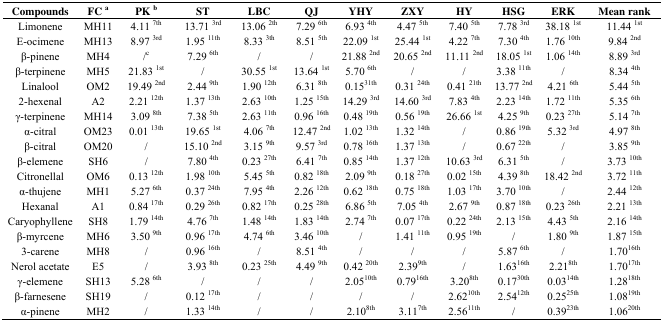
<table><thead><tr><td><b>Compounds</b></td><td><b>FC a</b></td><td><b>PK b</b></td><td><b>ST</b></td><td><b>LBC</b></td><td><b>QJ</b></td><td><b>YHY</b></td><td><b>ZXY</b></td><td><b>HY</b></td><td><b>HSG</b></td><td><b>ERK</b></td><td><b>Mean rank</b></td></tr></thead><tbody><tr><td>Limonene</td><td>MH11</td><td>4.11 <sup>7th</sup></td><td>13.71 <sup>3rd</sup></td><td>13.06 <sup>2th</sup></td><td>7.29 <sup>6th</sup></td><td>6.93 <sup>4th</sup></td><td>4.47 <sup>5th</sup></td><td>7.40 <sup>5th</sup></td><td>7.78 <sup>3rd</sup></td><td>38.18 <sup>1st</sup></td><td>11.44 <sup>1st</sup></td></tr><tr><td>E-ocimene</td><td>MH13</td><td>8.97 <sup>3rd</sup></td><td>1.95 <sup>11th</sup></td><td>8.33 <sup>3th</sup></td><td>8.51 <sup>5th</sup></td><td>22.09 <sup>1st</sup></td><td>25.44 <sup>1st</sup></td><td>4.22 <sup>7th</sup></td><td>7.30 <sup>4th</sup></td><td>1.76 <sup>10th</sup></td><td>9.84 <sup>2nd</sup></td></tr><tr><td>β-pinene</td><td>MH4</td><td>/c</td><td>7.29 <sup>6th</sup></td><td>/</td><td>/</td><td>21.88 <sup>2nd</sup></td><td>20.65 <sup>2nd</sup></td><td>11.11 <sup>2nd</sup></td><td>18.05 <sup>1st</sup></td><td>1.06 <sup>14th</sup></td><td>8.89 <sup>3rd</sup></td></tr><tr><td>β-terpinene</td><td>MH5</td><td>21.83 <sup>1st</sup></td><td>/</td><td>30.55 <sup>1st</sup></td><td>13.64 <sup>1st</sup></td><td>5.70 <sup>6th</sup></td><td>/</td><td>/</td><td>3.38 <sup>11th</sup></td><td>/</td><td>8.34 <sup>4th</sup></td></tr><tr><td>Linalool</td><td>OM2</td><td>19.49 <sup>2nd</sup></td><td>2.44 <sup>9th</sup></td><td>1.90 <sup>12th</sup></td><td>6.31 <sup>8th</sup></td><td>0.15<sup>31th</sup></td><td>0.31 <sup>24th</sup></td><td>0.41 <sup>21th</sup></td><td>13.77 <sup>2nd</sup></td><td>4.21 <sup>6th</sup></td><td>5.44 <sup>5th</sup></td></tr><tr><td>2-hexenal</td><td>A2</td><td>2.21 <sup>12th</sup></td><td>1.37 <sup>13th</sup></td><td>2.63 <sup>10th</sup></td><td>1.25 <sup>15th</sup></td><td>14.29 <sup>3rd</sup></td><td>14.60 <sup>3rd</sup></td><td>7.83 <sup>4th</sup></td><td>2.23 <sup>14th</sup></td><td>1.72 <sup>11th</sup></td><td>5.35 <sup>6th</sup></td></tr><tr><td>γ-terpinene</td><td>MH14</td><td>3.09 <sup>8th</sup></td><td>7.38 <sup>5th</sup></td><td>2.63 <sup>11th</sup></td><td>0.96 <sup>16th</sup></td><td>0.48 <sup>19th</sup></td><td>0.56 <sup>19th</sup></td><td>26.66 <sup>1st</sup></td><td>4.25 <sup>9th</sup></td><td>0.23 <sup>27th</sup></td><td>5.14 <sup>7th</sup></td></tr><tr><td>α-citral</td><td>OM23</td><td>0.01 <sup>13th</sup></td><td>19.65 <sup>1st</sup></td><td>4.06 <sup>7th</sup></td><td>12.47 <sup>2nd</sup></td><td>1.02 <sup>13th</sup></td><td>1.32 <sup>14th</sup></td><td>/</td><td>0.86 <sup>19th</sup></td><td>5.32 <sup>3rd</sup></td><td>4.97 <sup>8th</sup></td></tr><tr><td>β-citral</td><td>OM20</td><td>/</td><td>15.10 <sup>2nd</sup></td><td>3.15 <sup>9th</sup></td><td>9.57 <sup>3rd</sup></td><td>0.78 <sup>16th</sup></td><td>1.37 <sup>13th</sup></td><td>/</td><td>0.67 <sup>22th</sup></td><td>/</td><td>3.85 <sup>9th</sup></td></tr><tr><td>β-elemene</td><td>SH6</td><td>/</td><td>7.80 <sup>4th</sup></td><td>0.23 <sup>27th</sup></td><td>6.41 <sup>7th</sup></td><td>0.85 <sup>14th</sup></td><td>1.37 <sup>12th</sup></td><td>10.63 <sup>3rd</sup></td><td>6.31 <sup>5th</sup></td><td>/</td><td>3.73 <sup>10th</sup></td></tr><tr><td>Citronellal</td><td>OM6</td><td>0.13 <sup>12th</sup></td><td>1.98 <sup>10th</sup></td><td>5.45 <sup>5th</sup></td><td>0.82 <sup>18th</sup></td><td>2.09 <sup>9th</sup></td><td>0.18 <sup>27th</sup></td><td>0.02 <sup>15th</sup></td><td>4.39 <sup>8th</sup></td><td>18.42 <sup>2nd</sup></td><td>3.72 <sup>11th</sup></td></tr><tr><td>α-thujene</td><td>MH1</td><td>5.27 <sup>6th</sup></td><td>0.37 <sup>24th</sup></td><td>7.95 <sup>4th</sup></td><td>2.26 <sup>12th</sup></td><td>0.62 <sup>18th</sup></td><td>0.75 <sup>18th</sup></td><td>1.03 <sup>17th</sup></td><td>3.70 <sup>10th</sup></td><td>/</td><td>2.44 <sup>12th</sup></td></tr><tr><td>Hexanal</td><td>A1</td><td>0.84 <sup>17th</sup></td><td>0.29 <sup>26th</sup></td><td>0.82 <sup>17th</sup></td><td>0.25 <sup>28th</sup></td><td>6.86 <sup>5th</sup></td><td>7.05 <sup>4th</sup></td><td>2.67 <sup>9th</sup></td><td>0.87 <sup>18th</sup></td><td>0.23 <sup>26th</sup></td><td>2.21 <sup>13th</sup></td></tr><tr><td>Caryophyllene</td><td>SH8</td><td>1.79 <sup>14th</sup></td><td>4.76 <sup>7th</sup></td><td>1.48 <sup>14th</sup></td><td>1.83 <sup>14th</sup></td><td>2.74 <sup>7th</sup></td><td>0.07 <sup>17th</sup></td><td>0.22 <sup>24th</sup></td><td>2.13 <sup>15th</sup></td><td>4.43 <sup>5th</sup></td><td>2.16 <sup>14th</sup></td></tr><tr><td>β-myrcene</td><td>MH6</td><td>3.50 <sup>9th</sup></td><td>0.96 <sup>17th</sup></td><td>4.74 <sup>6th</sup></td><td>3.46 <sup>10th</sup></td><td>/</td><td>1.41 <sup>11th</sup></td><td>0.95 <sup>19th</sup></td><td>/</td><td>1.80 <sup>9th</sup></td><td>1.87 <sup>15th</sup></td></tr><tr><td>3-carene</td><td>MH8</td><td>/</td><td>0.96 <sup>16th</sup></td><td>/</td><td>8.51 <sup>4th</sup></td><td>/</td><td>/</td><td>/</td><td>5.87<sup>6th</sup></td><td>/</td><td>1.70<sup>16th</sup></td></tr><tr><td>Nerol acetate</td><td>E5</td><td>/</td><td>3.93 <sup>8th</sup></td><td>0.23 <sup>25th</sup></td><td>4.49 <sup>9th</sup></td><td>0.42 <sup>20th</sup></td><td>2.39<sup>9th</sup></td><td>/</td><td>1.63<sup>16th</sup></td><td>2.21<sup>8th</sup></td><td>1.70<sup>17th</sup></td></tr><tr><td>γ-elemene</td><td>SH13</td><td>5.28 <sup>6th</sup></td><td>/</td><td>/</td><td>/</td><td>2.05<sup>10th</sup></td><td>0.79<sup>16th</sup></td><td>3.20<sup>8th</sup></td><td>0.17<sup>30th</sup></td><td>0.03<sup>14th</sup></td><td>1.28<sup>18th</sup></td></tr><tr><td>β-farnesene</td><td>SH19</td><td>/</td><td>0.12 <sup>17th</sup></td><td>/</td><td>/</td><td>/</td><td>/</td><td>2.62<sup>10th</sup></td><td>2.54<sup>12th</sup></td><td>0.25<sup>25th</sup></td><td>1.08<sup>19th</sup></td></tr><tr><td>α-pinene</td><td>MH2</td><td>/</td><td>1.33 <sup>14th</sup></td><td>/</td><td>/</td><td>2.10<sup>8th</sup></td><td>3.11<sup>7th</sup></td><td>2.56<sup>11th</sup></td><td>/</td><td>0.39<sup>23th</sup></td><td>1.06<sup>20th</sup></td></tr></tbody></table>